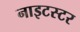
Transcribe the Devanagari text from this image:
नाइटस्टर